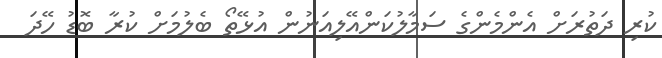
ކުރި ދަތުރަށް އެންމެންގެ ސަމާލުކަންއޭލިއަނުން އުޅޭތޯ ބެލުމަށް ކުރާ ބޮޑު ހޭދަ